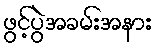
ဖွင့်ပွဲအခမ်းအနား